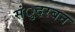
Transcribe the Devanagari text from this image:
संुदरबन